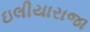
ઇલીયારાજા